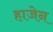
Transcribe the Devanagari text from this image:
हाजेन